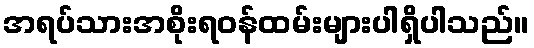
အရပ်သားအစိုးရဝန်ထမ်းများပါရှိပါသည်။